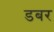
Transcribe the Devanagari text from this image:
डबर